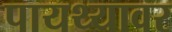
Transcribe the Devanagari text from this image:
पायथ्यावर